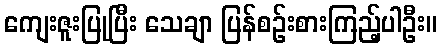
ကျေးဇူးပြုပြီး သေချာ ပြန်စဉ်းစားကြည့်ပါဦး။